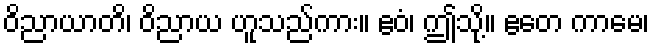
ဝိညာယာတိ၊ ဝိညာယ ဟူသည်ကား။ ဧဝံ၊ ဤသို့။ ဧတေ ကာမေ၊